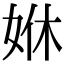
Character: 𡜨